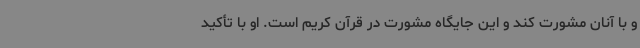
و با آنان مشورت کند و این جایگاه مشورت در قرآن کریم است. او با تأکید